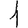
Digit: 1